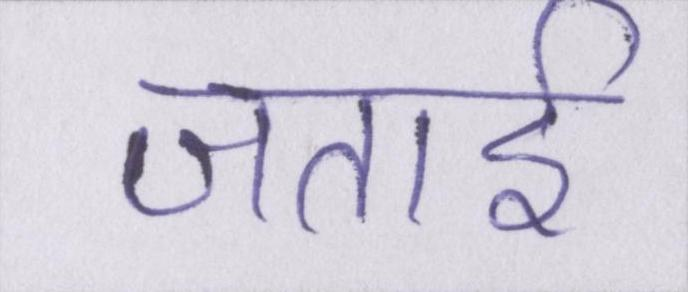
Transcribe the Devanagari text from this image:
जताई